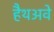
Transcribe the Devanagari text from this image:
हैथअवे